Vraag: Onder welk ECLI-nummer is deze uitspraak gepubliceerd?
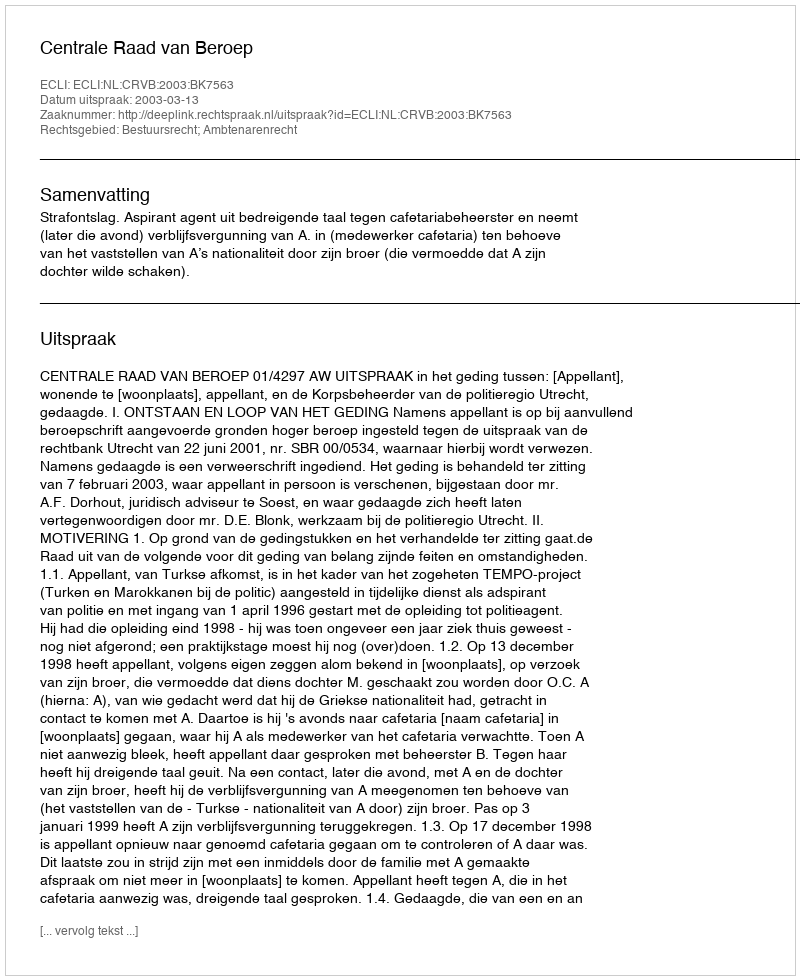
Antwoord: ECLI:NL:CRVB:2003:BK7563